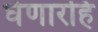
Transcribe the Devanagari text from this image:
घेणारहि